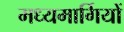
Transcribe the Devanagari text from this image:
मध्यमार्गियों